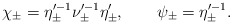
\begin{align*}\chi_\pm = \eta_\pm^{\prime -1} \nu_\pm^{\prime -1} \eta'_\pm, \qquad\psi_\pm = \eta_\pm^{\prime -1}.\end{align*}